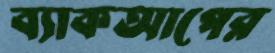
ব্যাকআপের